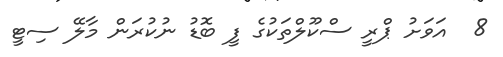
8  އަވަށު ޕްރީ ސްކޫލްތަކުގެ ފީ ބޮޑު ނުކުރަން މާލޭ ސިޓީ